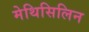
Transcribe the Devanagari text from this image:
मेथिसिलिन